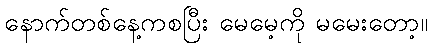
နောက်တစ်နေ့ကစပြီး မေမေ့ကို မမေးတော့။